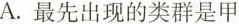
A.最先出现的类群是甲